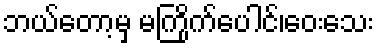
ဘယ်တော့မှ မကြိုက်ပေါင်၊ဝေးသေး